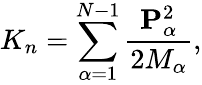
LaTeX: K_{n}=\sum_{\alpha=1}^{N-1}\frac{{\mathbf{P}}_{\alpha}^{2}}{2M_{\alpha}},